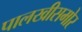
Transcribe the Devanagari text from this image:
पालखीसमोर